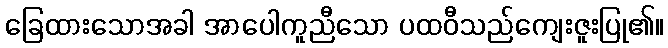
ခြေထားသောအခါ အာပေါကူညီသော ပထဝီသည်ကျေးဇူးပြု၏။